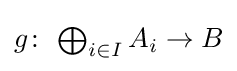
{\textstyle g\colon \,\bigoplus _{i\in I}A_{i}\to B}